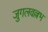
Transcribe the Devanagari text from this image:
जुगलवल्लभ